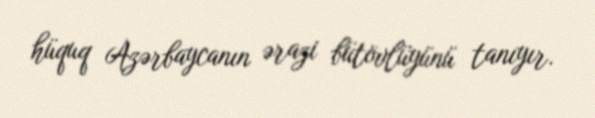
hüquq Azərbaycanın ərazi bütövlüyünü tanıyır.